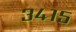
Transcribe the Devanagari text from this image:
३४१५